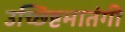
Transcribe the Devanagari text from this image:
उच्छिष्टमातंगी